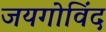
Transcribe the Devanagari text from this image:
जयगोविंद